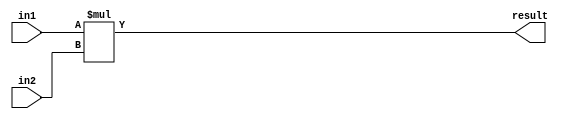
// This program was cloned from: https://github.com/sep-81/Computer-Architecture-Course-Projects
// License: MIT License

module Multiplier (
    in1,
    in2,
    result
);

  parameter word_len = 8;

  input [word_len - 1 : 0] in1, in2;
  output [word_len * 2 - 1 : 0] result;

  assign result = in1 * in2;

endmodule